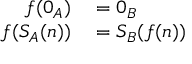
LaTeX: \begin{array} { r l } { f ( 0 _ { A } ) } & { { } = 0 _ { B } } \\ { f ( S _ { A } ( n ) ) } & { { } = S _ { B } ( f ( n ) ) } \end{array}